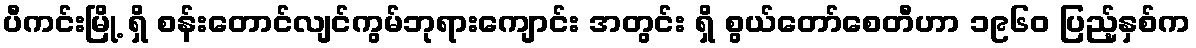
ပီကင်းမြို့ ရှိ စန်းတောင်လျင်ကွမ်ဘုရားကျောင်း အတွင်း ရှိ စွယ်တော်စေတီဟာ ၁၉၆၀ ပြည့်နှစ်က